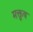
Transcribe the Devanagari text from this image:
मक्तूब